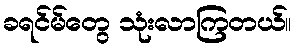
ခရင်မ်တွေ သုံးလာကြတယ်။